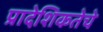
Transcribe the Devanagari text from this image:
प्रादेशिकतेचे